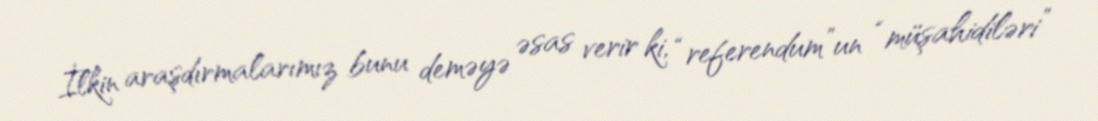
İlkin araşdırmalarımız bunu deməyə əsas verir ki, “referendum”un “müşahidiləri”